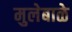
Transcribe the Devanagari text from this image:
मुलेबाळे